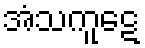
အံသကူဋေ